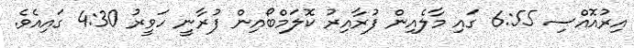
އިރުއޮއްސި 6:55 ގައި މާލެއިން ފުރާއިރު ކޮލަމްބޯއިން ފުރާނީ ހަވީރު 4:30 ގައިއެވެ.